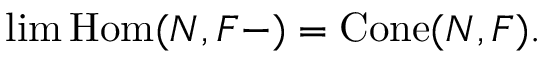
\operatorname* { l i m } \operatorname { H o m } ( N , F - ) = \operatorname { C o n e } ( N , F ) .